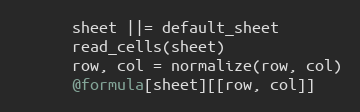
Language: Ruby
      sheet ||= default_sheet
      read_cells(sheet)
      row, col = normalize(row, col)
      @formula[sheet][[row, col]]